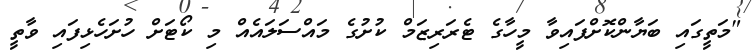
"މަތީގައި ބަޔާންކޮށްފައިވާ މީހާގެ ޓެރަރިޒަމް ކުށުގެ މައްސަލައެއް މި ކޯޓަށް ހުށަހެޅިފައި ވާތީ